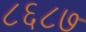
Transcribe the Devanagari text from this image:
८६८७